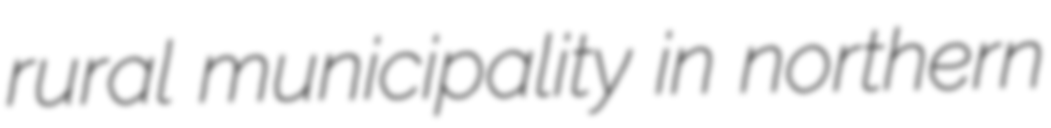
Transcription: rural municipality in northern